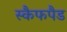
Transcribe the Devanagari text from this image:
स्कैफपैड